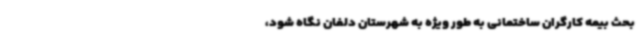
بحث بیمه کارگران ساختمانی به طور ویژه به شهرستان دلفان نگاه شود،